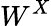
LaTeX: W^{X}